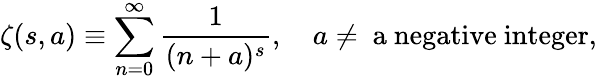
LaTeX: \zeta(s,a)\equiv\sum_{n=0}^{\infty}\frac{1}{(n+a)^{s}},\quad a\ne\mathrm{~a~negative~integer},